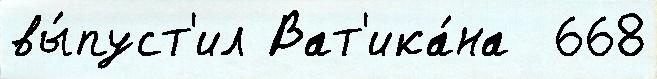
вы́пуст'ил Ват'ика́на  668